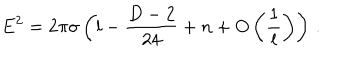
E ^ { 2 } = 2 \pi \sigma \left( l - \frac { D - 2 } { 2 4 } + n + O \left( \frac { 1 } { l } \right) \right) \, .